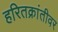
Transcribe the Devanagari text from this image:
हरितक्रांतीवर